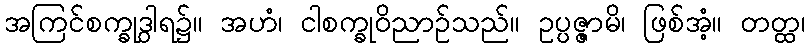
အကြင်စက္ခုဒွါရ၌။ အဟံ၊ ငါစက္ခုဝိညာဉ်သည်။ ဥပ္ပဇ္ဇာမိ၊ ဖြစ်အံ့။ တတ္ထ၊